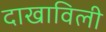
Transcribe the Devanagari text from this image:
दाखाविली